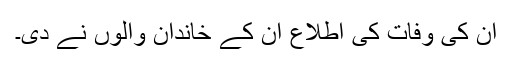
ان کی وفات کی اطلاع ان کے خاندان والوں نے دی۔